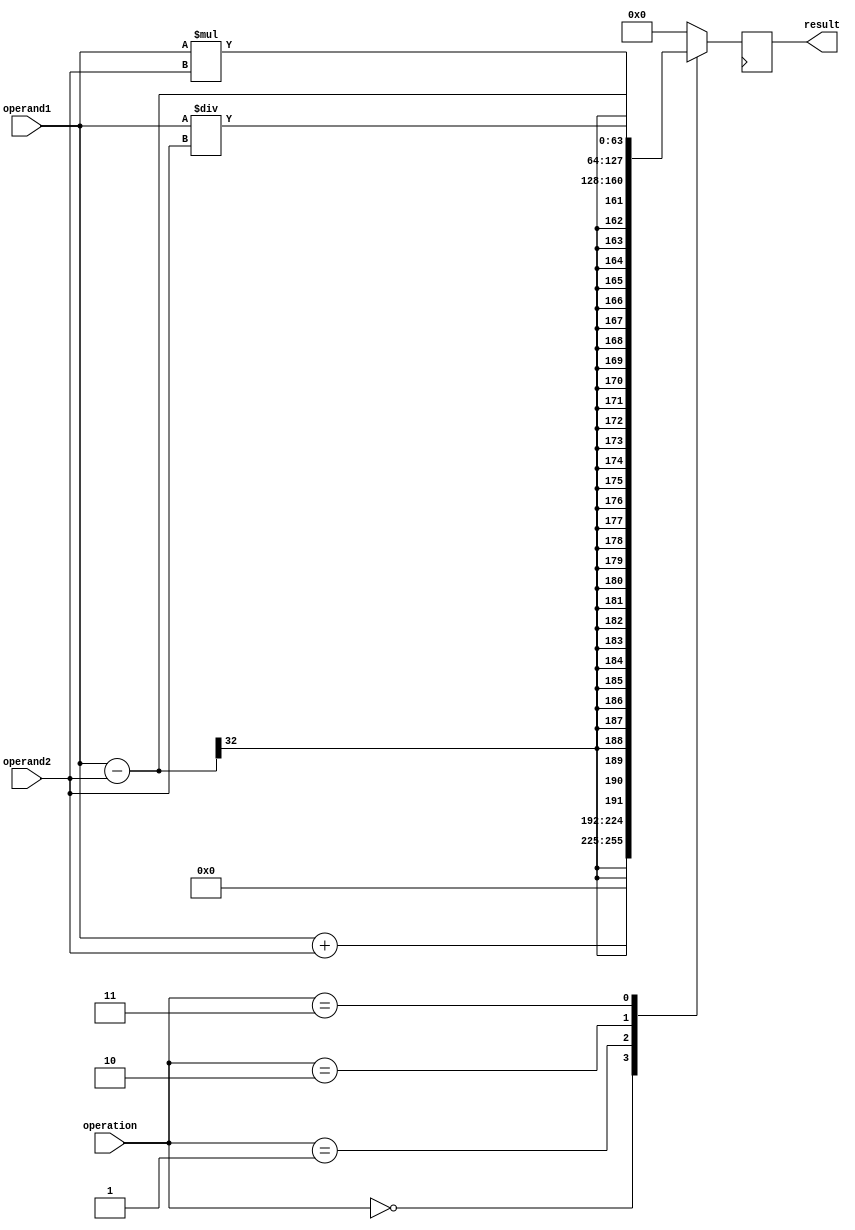
module arbitrary_precision_float_unit (
    input [31:0] operand1,
    input [31:0] operand2,
    input [3:0] operation,
    output reg [63:0] result
);

reg [63:0] temp_result;

always @(*) begin
    case(operation)
        4'b0000: temp_result = operand1 + operand2; // addition
        4'b0001: temp_result = operand1 - operand2; // subtraction
        4'b0010: temp_result = operand1 * operand2; // multiplication
        4'b0011: temp_result = operand1 / operand2; // division
        default: temp_result = 64'b0;
    endcase
end

always @(posedge clk) begin
    result <= temp_result;
end

endmodule